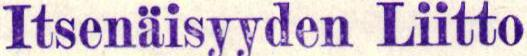
Itsenäisyyden Liitto